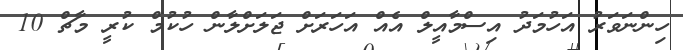
ހިންނަވަރު އަހުމަދު އިސްމާއީލް އެއް އަހަރަށް ޖަލަށްލާން ހުކުމް ކުރީ މާޗް 10